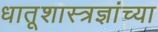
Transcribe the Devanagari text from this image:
धातूशास्त्रज्ञांच्या